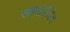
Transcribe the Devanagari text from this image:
सहस्राजित